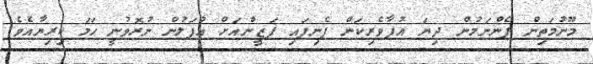
މޫނުމަތިން ފެންނަމުން ދިޔަ އުފާވެރިކަން ފެނިފައި ފަޒީންއަށް އުފަލުން ނުރޮވުނީ ހަމަ ކިރިޔާއެވެ.